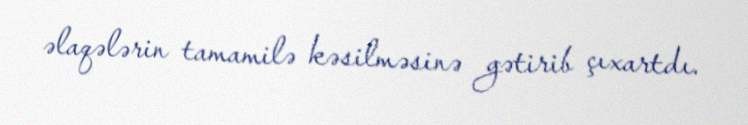
əlaqələrin tamamilə kəsilməsinə gətirib çıxartdı.